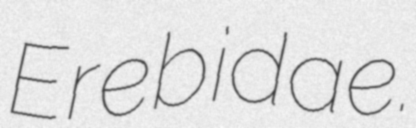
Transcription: Erebidae.